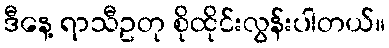
ဒီနေ့ ရာသီဥတု စိုထိုင်းလွန်းပါတယ်။